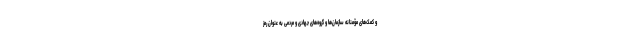
و کمک‌های مؤمنانه سازمان‌ها و گروه‌های جهادی و مردمی به عنوان رمز